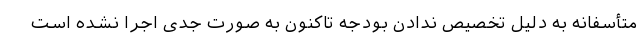
متأسفانه به دلیل تخصیص ندادن بودجه تاکنون به صورت جدی اجرا نشده است